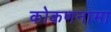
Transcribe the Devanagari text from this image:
कोकणनामा